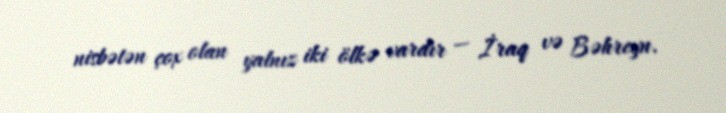
nisbətən çox olan yalnız iki ölkə vardır — İraq və Bəhreyn.